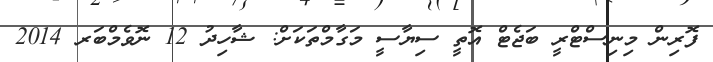
ފޮރިން މިނިސްޓްރީ ބަޖެޓް އޮތީ ސިޔާސީ މަގާމްތަކަށް: ޝާހިދު 12 ނޮވެމްބަރ 2014